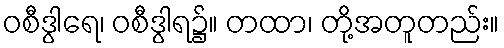
ဝစီဒွါရေ၊ ဝစီဒွါရ၌။ တထာ၊ တို့အတူတည်း။